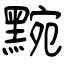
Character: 黦